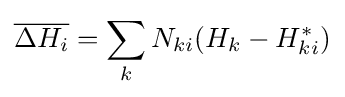
{\overline {\Delta H_{i}}}=\sum _{k}N_{ki}(H_{k}-H_{ki}^{*})